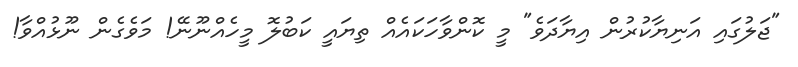
"ޖަލުގައި އަނިޔާކުރުން އިޔާދަވެ" މީ ކޮންވާހަކައެއް ތިޔައީ ކަބުލޮ މީހެއްނޫނޭ! މަވެގެން ނޫޅުއްވާ!